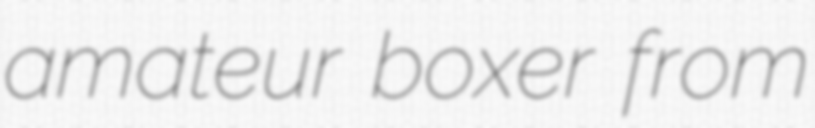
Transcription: amateur boxer from